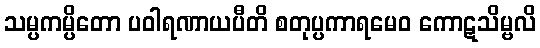
သမ္ပကမ္ပိတော ပဝါရဏာယပီတိ စတုပ္ပကာရမေဝ ကောဋသိမ္ဗလိ